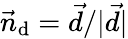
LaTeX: \vec{n}_{\mathrm{d}}=\vec{d}/|\vec{d}|